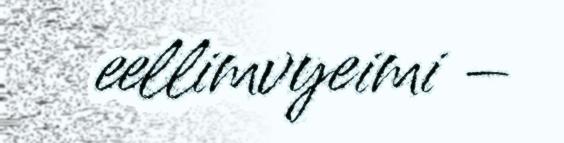
eellimvyeimi –